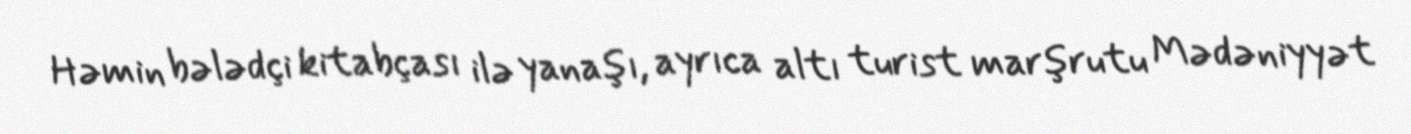
Həmin bələdçi kitabçası ilə yanaşı, ayrıca altı turist marşrutu Mədəniyyət